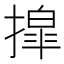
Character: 𫽿